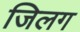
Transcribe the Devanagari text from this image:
जिलग